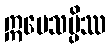
ဣမေသမ္ပိဿ